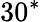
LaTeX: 30^{*}